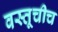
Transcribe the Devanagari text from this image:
वस्तूचीच